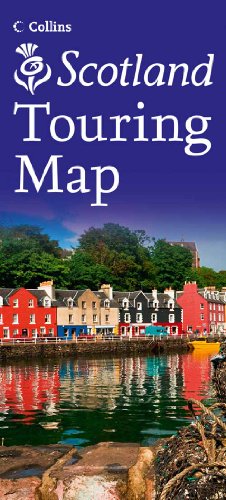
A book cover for Collins Scotland Touring Map; Collins UK; Travel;